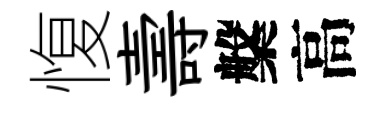
愎壽槃高